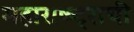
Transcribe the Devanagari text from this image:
महाराष्ष्ट्राची